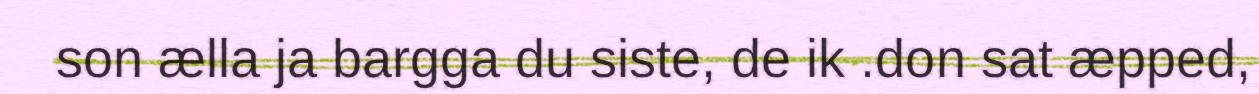
son ælla ja bargga du siste, de ik .don sat æpped,